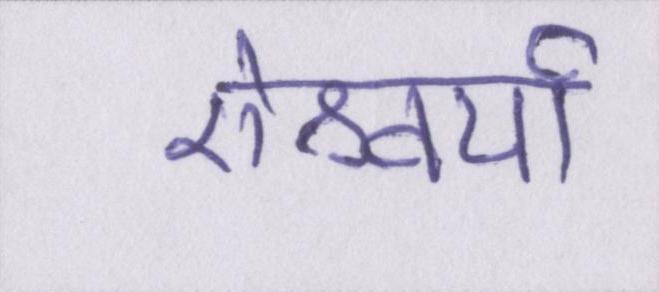
ऐश्वर्या